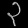
Digit: ၃